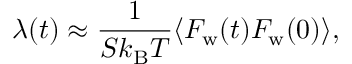
\lambda ( t ) \approx \frac { 1 } { S k _ { \mathrm { B } } T } \langle F _ { \mathrm { w } } ( t ) F _ { \mathrm { w } } ( 0 ) \rangle ,